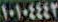
١٠١٠٤٤٤٢